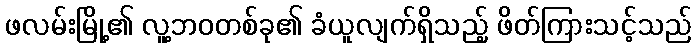
ဖလမ်းမြို့၏ လူ့ဘဝတစ်ခု၏ ခံယူလျက်ရှိသည့် ဖိတ်ကြားသင့်သည်